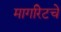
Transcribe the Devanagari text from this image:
मार्गारेटचे